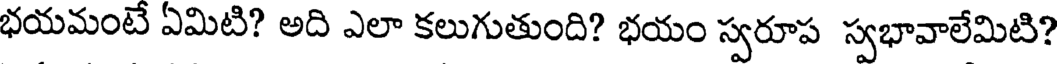
భయమంటే ఏమిటి? అది ఎలా కలుగుతుంది? భయం స్వరూప స్వభావాలేమిటి?